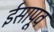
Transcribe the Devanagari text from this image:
ईसापूव